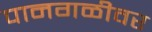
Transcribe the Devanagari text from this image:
पानगळीवर